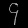
Digit: ၄